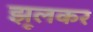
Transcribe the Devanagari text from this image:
झूलकर